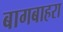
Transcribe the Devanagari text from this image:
बागबाहरा